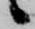
候